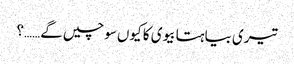
تیری بیاہتا بیوی کا کیوں سوچیں گے……؟